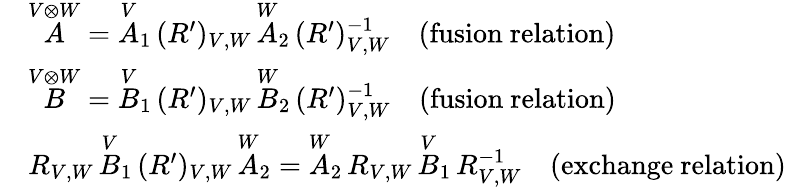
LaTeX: \begin{array}{rl}&{\overset{V\otimes W}{A}=\overset{V}{A}_{1}\, (R^{\prime})_{V,W}\, \overset{W}{A}_{2}\, (R^{\prime})_{V,W}^{-1}\quad\mathrm{(fusion~relation)}}\\ &{\overset{V\otimes W}{B}=\overset{V}{B}_{1}\, (R^{\prime})_{V,W}\, \overset{W}{B}_{2}\, (R^{\prime})_{V,W}^{-1}\quad\mathrm{(fusion~relation)}}\\ &{R_{V,W}\, \overset{V}{B}_{1}\, (R^{\prime})_{V,W}\, \overset{W}{A}_{2}=\overset{W}{A}_{2}\, R_{V,W}\, \overset{V}{B}_{1}\, R_{V,W}^{-1}\quad\mathrm{(exchange~relation)}}\end{array}